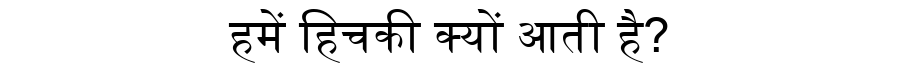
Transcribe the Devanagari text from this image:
हमें हिचकी क्यों आती है?